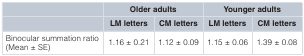
<table><thead><tr><td></td><td colspan="2"><b>Older adults</b></td><td colspan="2"><b>Younger adults</b></td></tr><tr><td></td><td><b>LM letters</b></td><td><b>CM letters</b></td><td><b>LM letters</b></td><td><b>CM letters</b></td></tr></thead><tbody><tr><td>Binocular summation ratio(Mean ± SE)</td><td>1.16 ± 0.21</td><td>1.12 ± 0.09</td><td>1.15 ± 0.06</td><td>1.39 ± 0.08</td></tr></tbody></table>